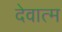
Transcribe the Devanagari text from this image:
देवात्म